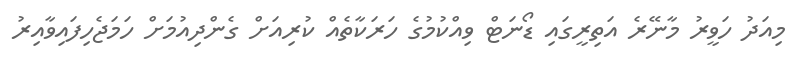
މިއަދު ހަވީރު މާނޭރެ އަތިރީގައި ޑޯނަޓް ވިއްކުމުގެ ހަރަކާތެއް ކުރިއަށް ގެންދިއުމަށް ހަމަޖެހިފައިވާއިރު